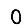
Digit: 0